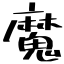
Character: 魔